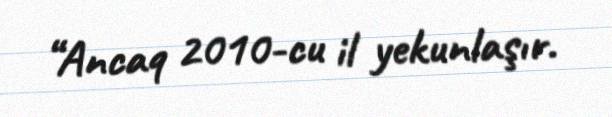
“Ancaq 2010-cu il yekunlaşır.